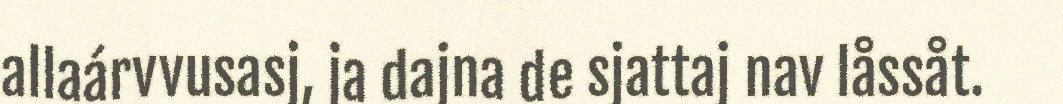
allaárvvusasj, ja dajna de sjattaj nav låssåt.